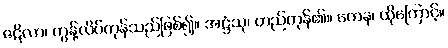
ဇဋိလာ၊ တွန့်လိပ်ကုန်သည်ဖြစ်၍။ အဋ္ဌံသု၊ တည်ကုန်၏။ တေန၊ ထိုကြောင့်။